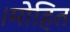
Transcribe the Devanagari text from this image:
।मोहित